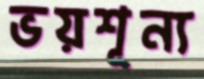
ভয়শূন্য